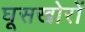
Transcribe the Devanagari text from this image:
घूसखोरों